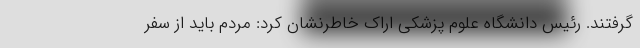
گرفتند. رئیس دانشگاه علوم پزشکی اراک خاطرنشان کرد: مردم باید از سفر